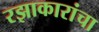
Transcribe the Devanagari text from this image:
रझाकारांचा